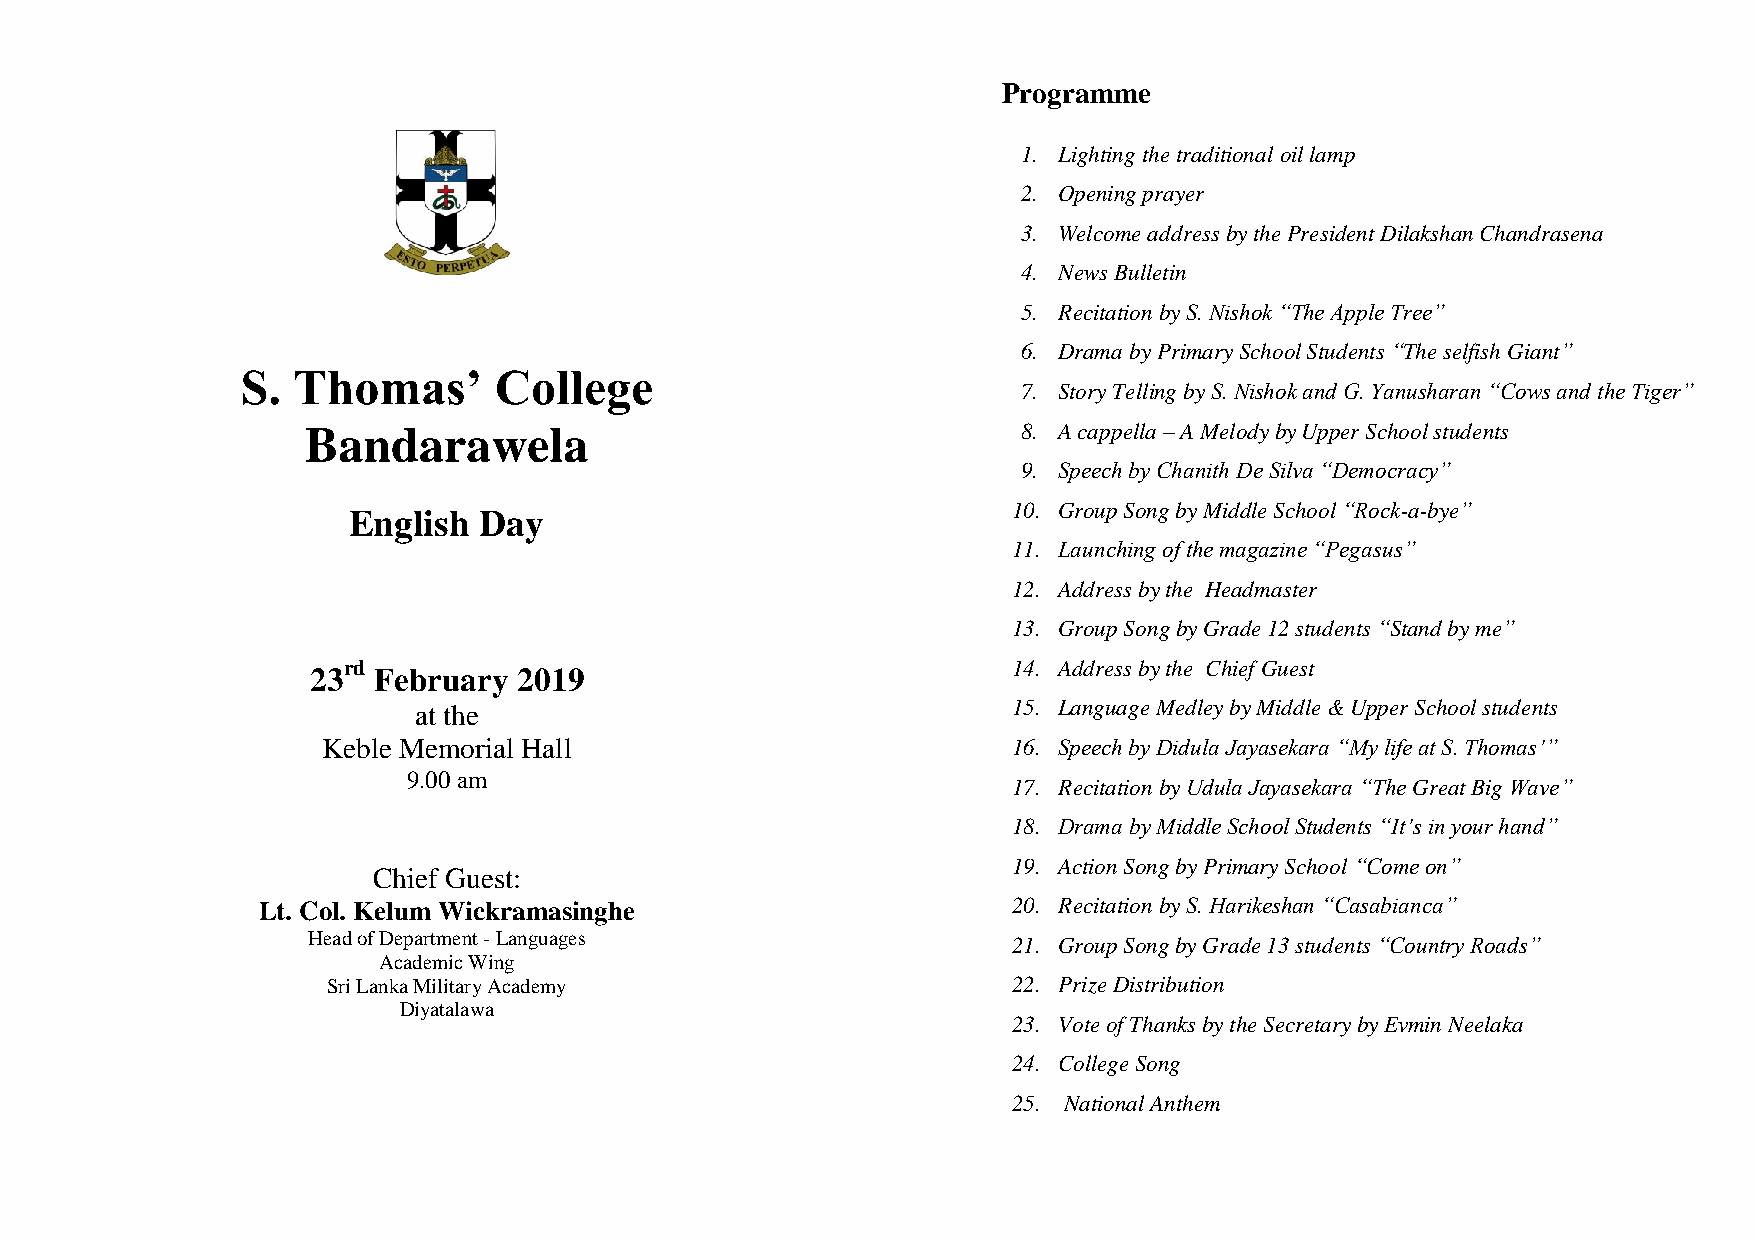
Programme
 1. Lighting the traditional oil lamp
 2. Opening prayer
 3. Welcome address by the President Dilakshan Chandrasena
 4. News Bulletin
 5. Recitation by S. Nishok “The Apple Tree”
 6. Drama by Primary School Students “The selfish Giant”
 S. Thomas’       College
 7. Story Telling by S. Nishok and G. Yanusharan “Cows and the Tiger”
 Bandarawela                                     8. A cappella – A Melody by Upper School students
 9. Speech by Chanith De Silva “Democracy”
 10. Group Song by Middle School “Rock-a-bye”
 English  Day
 11. Launching of the magazine “Pegasus”
 12. Address by the Headmaster
 13. Group Song by Grade 12 students “Stand by me”
 rd                                          14. Address by the Chief Guest
 23  February 2019
 at the                                  15. Language Medley by Middle & Upper School students
 Keble Memorial Hall                           16. Speech by Didula Jayasekara “My life at S. Thomas’”
 9.00 am
 17. Recitation by Udula Jayasekara “The Great Big Wave”
 18. Drama by Middle School Students “It’s in your hand”
 19. Action Song by Primary School “Come on”
 Chief Guest:
 Lt. Col. Kelum Wickramasinghe                     20. Recitation by S. Harikeshan “Casabianca”
 Head of Department - Languages
 21. Group Song by Grade 13 students “Country Roads”
 Academic Wing
 Sri Lanka Military Academy                   22. Prize Distribution
 Diyatalawa
 23. Vote of Thanks by the Secretary by Evmin Neelaka
 24. College Song
 25. National Anthem